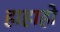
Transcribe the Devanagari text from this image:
हाहाहो